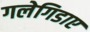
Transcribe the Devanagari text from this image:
गलेगिडाए